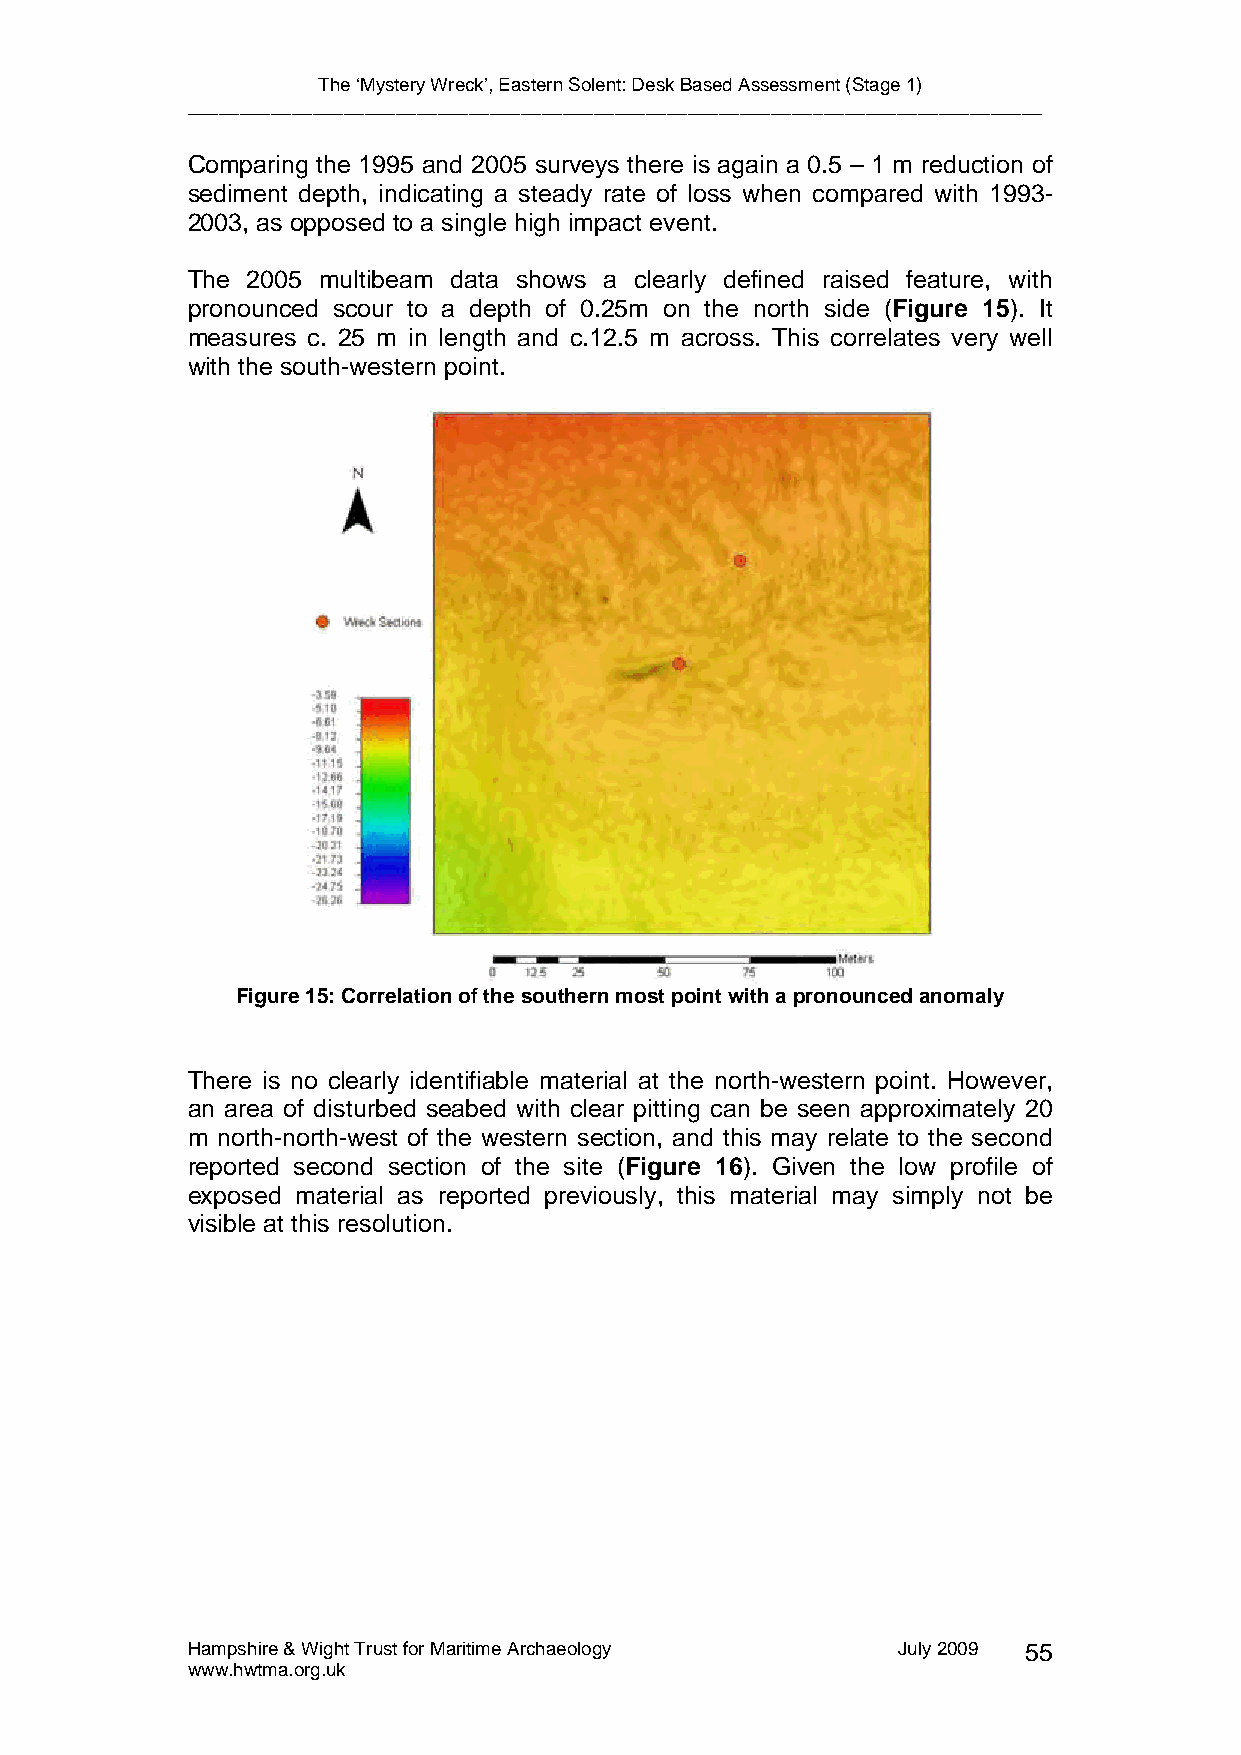
The ‘Mystery Wreck’, Eastern Solent: Desk Based Assessment (Stage 1)
 __________________________________________________________________________________
 Comparing the 1995 and 2005 surveys there is again a 0.5 – 1 m reduction of
 sediment depth, indicating a steady rate of loss when compared with 1993-
 2003, as opposed to a single high impact event.
 The 2005 multibeam data shows a clearly defined raised feature, with
 pronounced scour to a depth of 0.25m on the north side (Figure 15). It
 measures c. 25 m in length and c.12.5 m across. This correlates very well
 with the south-western point.
 Figure 15: Correlation of the southern most point with a pronounced anomaly
 There is no clearly identifiable material at the north-western point. However,
 an area of disturbed seabed with clear pitting can be seen approximately 20
 m north-north-west of the western section, and this may relate to the second
 reported second section of the site (Figure 16). Given the low profile of
 exposed material as reported previously, this material may simply not be
 visible at this resolution.
 Hampshire & Wight Trust for Maritime Archaeology July 2009 55
 www.hwtma.org.uk